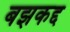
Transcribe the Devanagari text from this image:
बझकद्द